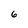
Character: 6